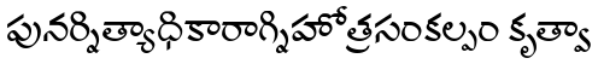
పునర్నిత్యాధికారాగ్నిహోత్రసంకల్పం కృత్వా